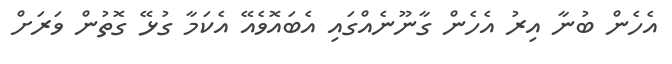
އެހެން ބުނާ އިރު އެހެން ގާނޫނެއްގައި އެބައޮވެއޭ އެކަމާ ގުޅޭ ގޮތުން ވަރަށް